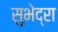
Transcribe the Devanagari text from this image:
सुभेद्रा